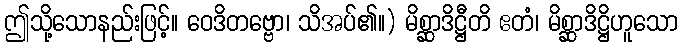
ဤသို့သောနည်းဖြင့်။ ဝေဒိတဗ္ဗော၊ သိအပ်၏။) မိစ္ဆာဒိဋ္ဌီတိ ဧတံ၊ မိစ္ဆာဒိဋ္ဌိဟူသော